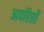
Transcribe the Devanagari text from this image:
आयरिशों